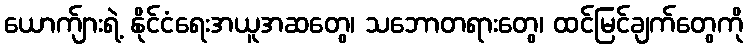
ယောက်ျားရဲ့ နိုင်ငံရေးအယူအဆတွေ၊ သဘောတရားတွေ၊ ထင်မြင်ချက်တွေကို